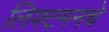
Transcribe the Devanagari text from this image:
लिफ्टमनचे